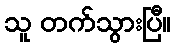
သူ တက်သွားပြီ။